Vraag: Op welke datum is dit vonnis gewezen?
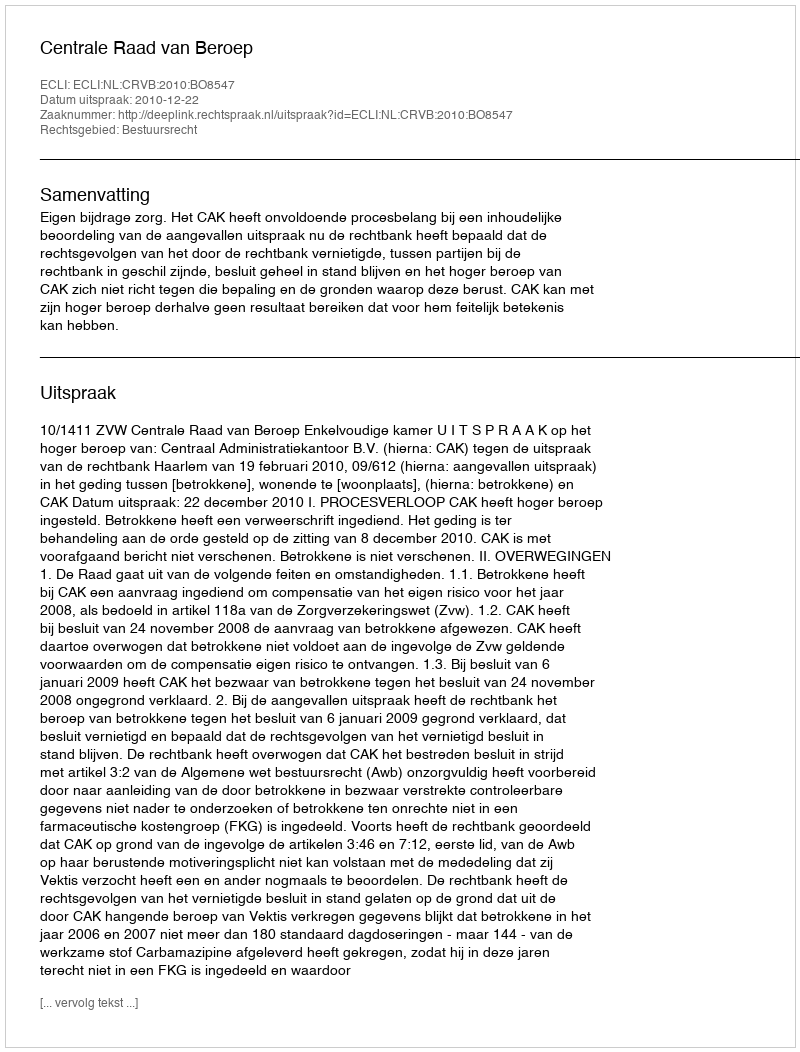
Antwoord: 2010-12-22